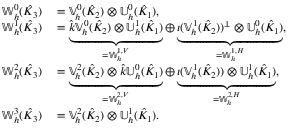
\begin{array} { r l } { \mathbb { W } _ { h } ^ { 0 } ( \hat { K } _ { 3 } ) } & { { } = \mathbb { V } _ { h } ^ { 0 } ( \hat { K } _ { 2 } ) \otimes \mathbb { U } _ { h } ^ { 0 } ( \hat { K } _ { 1 } ) , } \\ { \mathbb { W } _ { h } ^ { 1 } ( \hat { K } _ { 3 } ) } & { { } = \underbrace { \hat { k } \mathbb { V } _ { h } ^ { 0 } ( \hat { K } _ { 2 } ) \otimes \mathbb { U } _ { h } ^ { 1 } ( \hat { K } _ { 1 } ) } _ { = \mathbb { W } _ { h } ^ { 1 , V } } \oplus \underbrace { \iota ( \mathbb { V } _ { h } ^ { 1 } ( \hat { K } _ { 2 } ) ) ^ { \perp } \otimes \mathbb { U } _ { h } ^ { 0 } ( \hat { K } _ { 1 } ) } _ { = \mathbb { W } _ { h } ^ { 1 , H } } , } \\ { \mathbb { W } _ { h } ^ { 2 } ( \hat { K } _ { 3 } ) } & { { } = \underbrace { \mathbb { V } _ { h } ^ { 2 } ( \hat { K } _ { 2 } ) \otimes \hat { k } \mathbb { U } _ { h } ^ { 0 } ( \hat { K } _ { 1 } ) } _ { = \mathbb { W } _ { h } ^ { 2 , V } } \oplus \underbrace { \iota ( \mathbb { V } _ { h } ^ { 1 } ( \hat { K } _ { 2 } ) ) \otimes \mathbb { U } _ { h } ^ { 1 } ( \hat { K } _ { 1 } ) } _ { = \mathbb { W } _ { h } ^ { 2 , H } } , } \\ { \mathbb { W } _ { h } ^ { 3 } ( \hat { K } _ { 3 } ) } & { { } = \mathbb { V } _ { h } ^ { 2 } ( \hat { K } _ { 2 } ) \otimes \mathbb { U } _ { h } ^ { 1 } ( \hat { K } _ { 1 } ) . } \end{array}